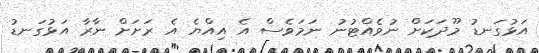
އަޅުގަނޑު މޫދަކަށް ނުވެއްޓުނު ނަމަވެސް އެ އިއްޔެ އެ ރަށަށް ނާރާ އަޅުގަނޑު